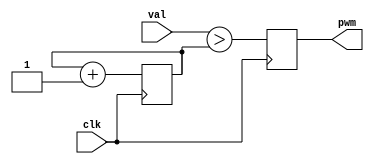
// pwm.v - pulse-width modulation
// 03-18-21 E. Brombaugh

`default_nettype none

module pwm(
    input clk,
	input [7:0] val,
	output reg pwm
);
	reg [7:0] cnt;
	initial
		cnt = 0;
		
	always @(posedge clk)
	begin
		cnt <= cnt + 1;
		pwm <= val > cnt;
	end
endmodule